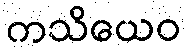
ကသိယေဝ